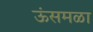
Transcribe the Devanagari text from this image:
ऊंसमळा